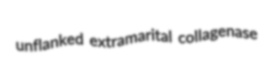
unflanked extramarital collagenase